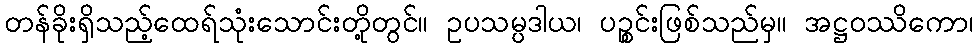
တန်ခိုးရှိသည့်ထေရ်သုံးသောင်းတို့တွင်။ ဥပသမ္ပဒါယ၊ ပဉ္စင်းဖြစ်သည်မှ။ အဋ္ဌဝဿိကော၊